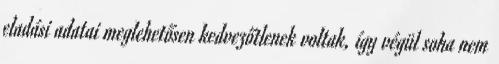
eladási adatai meglehetősen kedvezőtlenek voltak, így végül soha nem